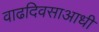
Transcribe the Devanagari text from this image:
वाढदिवसाआधी